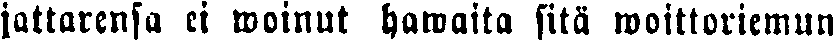
jattarensa ei woinut hawaita sitä woittoriemun